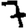
Digit: 7